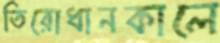
তিরোধানকালে